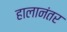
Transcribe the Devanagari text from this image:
हालानंतर